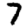
Digit: 7